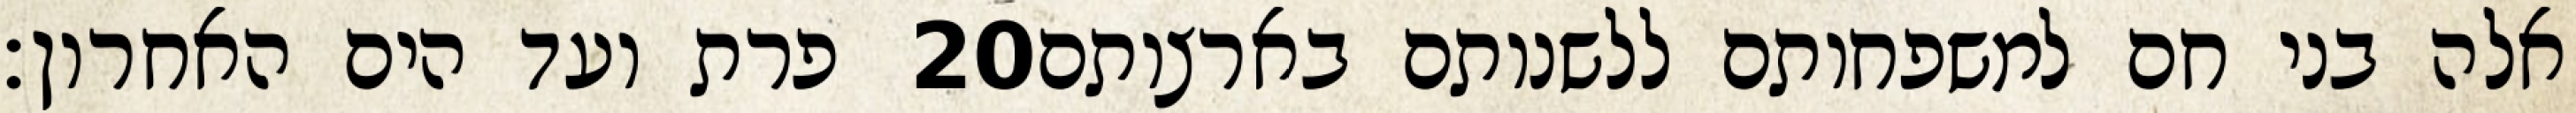
פרת ועד הים האחרון׃ ‎20‏ אלה בני חם למשפחותם ללשנותם בארצותם